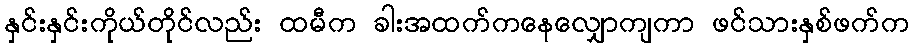
နှင်းနှင်းကိုယ်တိုင်လည်း ထမီက ခါးအထက်ကနေလျှောကျကာ ဖင်သားနှစ်ဖက်က